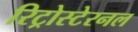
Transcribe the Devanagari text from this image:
रिट्रोस्टेरनल